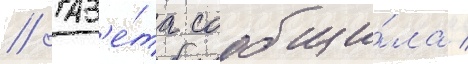
// Газ'е́та сообщи́ла /